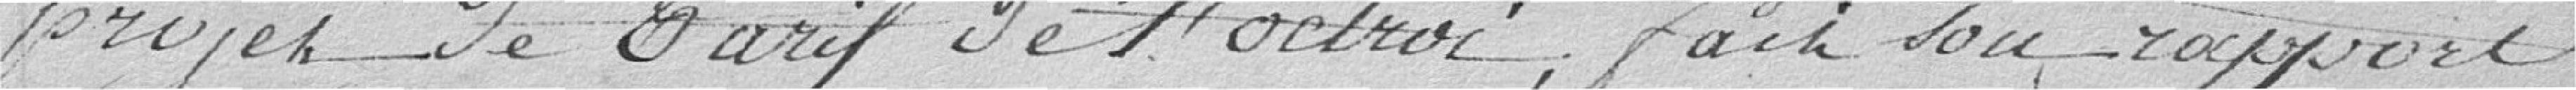
projet de tarif de l'octroi, fait son rapport